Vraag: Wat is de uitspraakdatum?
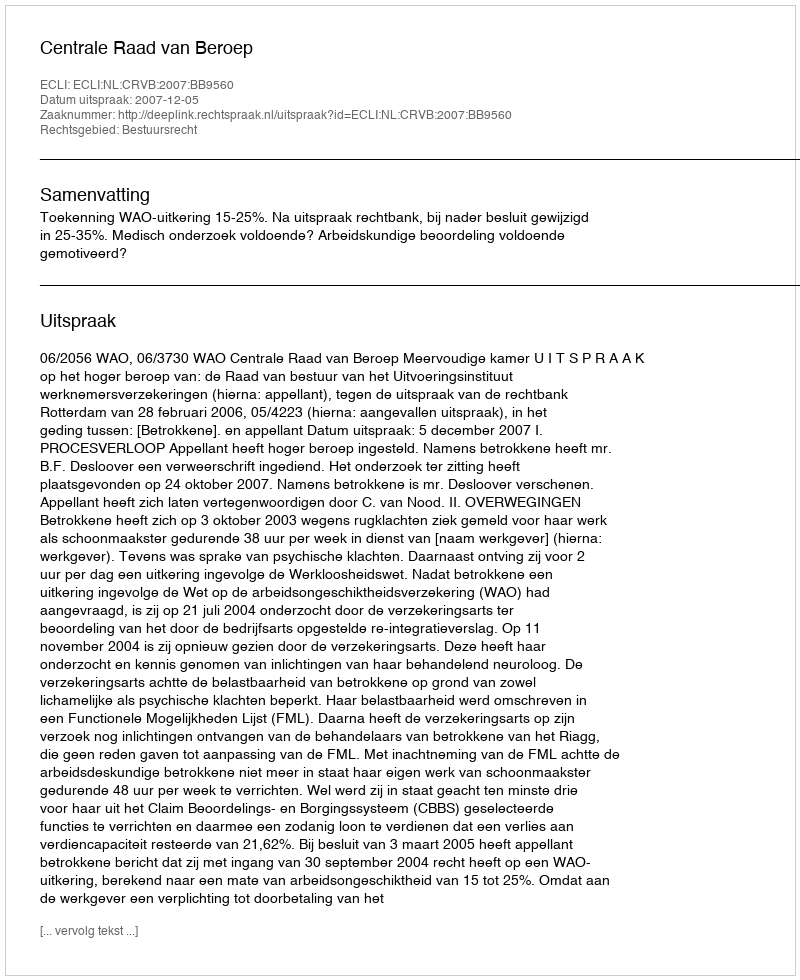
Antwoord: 2007-12-05